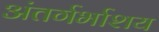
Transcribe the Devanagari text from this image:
अंतर्गर्भाशय